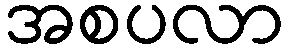
အစပလာ